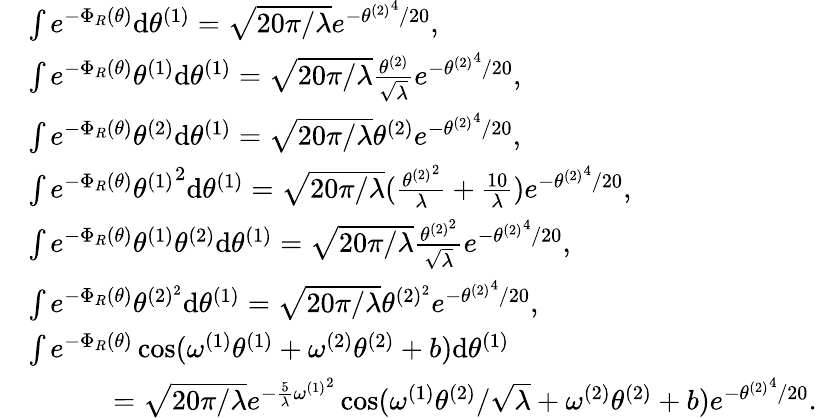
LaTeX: \begin{array}{rl}&{\int e^{-\Phi_{R}(\theta)}\mathrm{d}{\theta^{(1)}}=\sqrt{20\pi/\lambda}e^{-{\theta^{(2)}}^{4}/20},}\\ &{\int e^{-\Phi_{R}(\theta)}{\theta^{(1)}}\mathrm{d}{\theta^{(1)}}=\sqrt{20\pi/\lambda}\frac{{\theta^{(2)}}}{\sqrt{\lambda}}e^{-{\theta^{(2)}}^{4}/20},}\\ &{\int e^{-\Phi_{R}(\theta)}{\theta^{(2)}}\mathrm{d}{\theta^{(1)}}=\sqrt{20\pi/\lambda}\theta^{(2)}e^{-{\theta^{(2)}}^{4}/20},}\\ &{\int e^{-\Phi_{R}(\theta)}{\theta^{(1)}}^{2}\mathrm{d}{\theta^{(1)}}=\sqrt{20\pi/\lambda}(\frac{{\theta^{(2)}}^{2}}{\lambda}+\frac{10}{\lambda})e^{-{\theta^{(2)}}^{4}/20},}\\ &{\int e^{-\Phi_{R}(\theta)}{\theta^{(1)}}{\theta^{(2)}}\mathrm{d}{\theta^{(1)}}=\sqrt{20\pi/\lambda}\frac{{\theta^{(2)^{2}}}}{\sqrt{\lambda}}e^{-{\theta^{(2)}}^{4}/20},}\\ &{\int e^{-\Phi_{R}(\theta)}{\theta^{(2)^{2}}}\mathrm{d}{\theta^{(1)}}=\sqrt{20\pi/\lambda}\theta^{(2)^{2}}e^{-{\theta^{(2)}}^{4}/20},}\\ &{\int e^{-\Phi_{R}(\theta)}\cos({\omega^{(1)}}{\theta^{(1)}}+{\omega^{(2)}}{\theta^{(2)}}+b)\mathrm{d}{\theta^{(1)}}}\\ &{\quad\quad\quad=\sqrt{20\pi/\lambda}e^{-\frac{5}{\lambda}{\omega^{(1)}}^{2}}\cos({\omega^{(1)}}{\theta^{(2)}}/\sqrt{\lambda}+{\omega^{(2)}}{\theta^{(2)}}+b)e^{-{\theta^{(2)}}^{4}/20}.}\end{array}